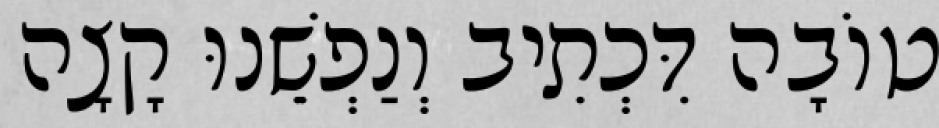
טוֹבָה דִּכְתִיב וְנַפְשֵׁנוּ קָצָה